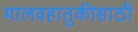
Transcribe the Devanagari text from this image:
मालवहातुकीसाठी